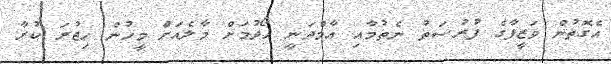
އެގޮތުން ވަޒީފާގެ ފުރުސަތު ނެތުމާއި އާމްދަނީ ހޯދުމަށް މާލެއަށް މީހުން ހިޖުރަ ކުރާ